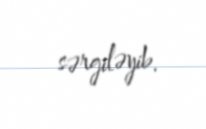
sərgiləyib.